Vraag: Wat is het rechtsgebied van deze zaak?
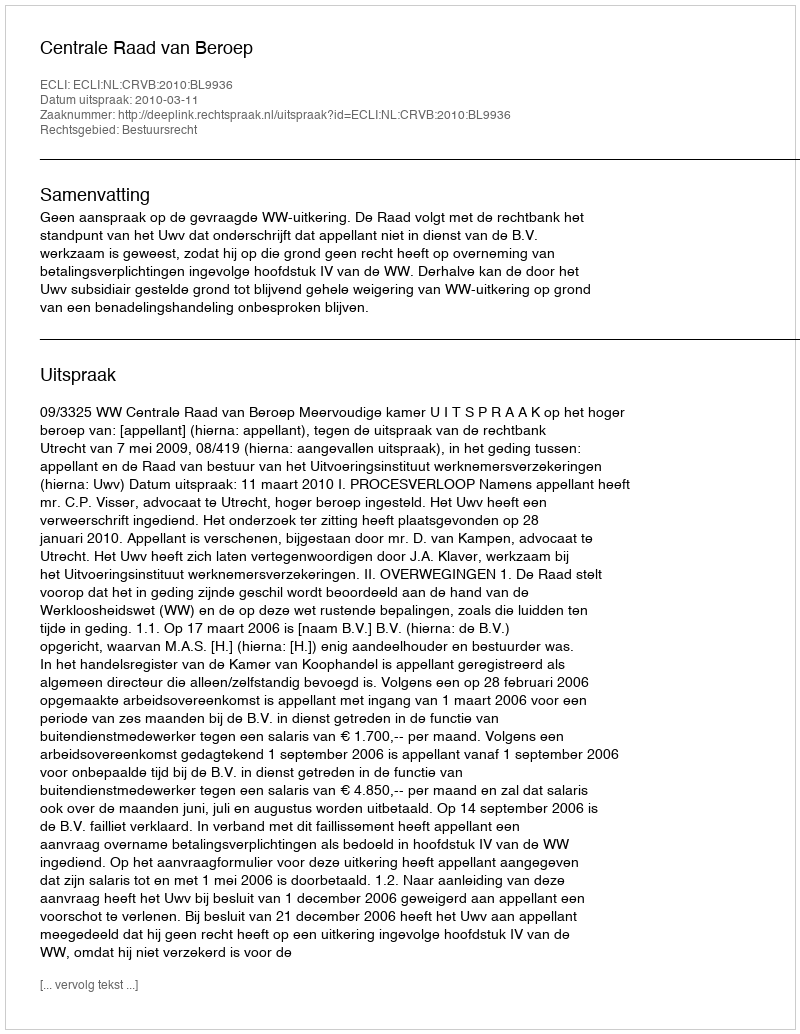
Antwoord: Bestuursrecht